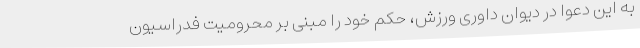
به این دعوا در دیوان داوری ورزش، حکم خود را مبنی بر محرومیت فدراسیون